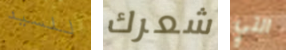
للسيد شعرك التي